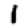
Digit: 1